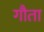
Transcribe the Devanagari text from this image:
गौता